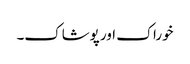
خوراک اور پوشاک۔